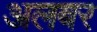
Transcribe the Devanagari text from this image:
अलबर